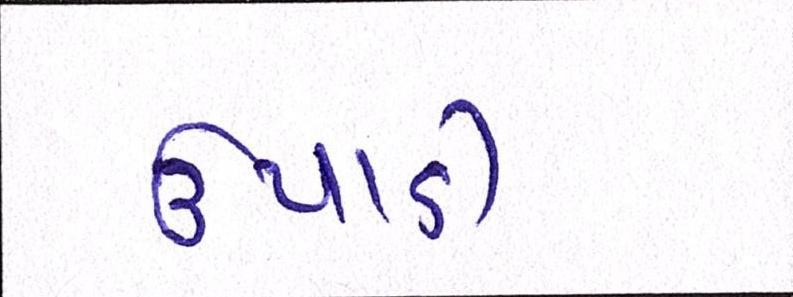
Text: ઉપાડી